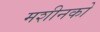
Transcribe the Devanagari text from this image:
मशीनको